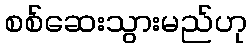
စစ်ဆေးသွားမည်ဟု